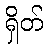
ရှိတ်